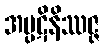
အပ္ပဋိနိဿဇ္ဇ